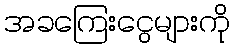
အခကြေးငွေများကို